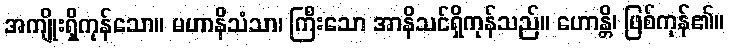
အကျိုးရှိကုန်သော။ မဟာနိသံသာ၊ ကြီးသော အာနိသင်ရှိကုန်သည်။ ဟောန္တိ၊ ဖြစ်ကုန်၏။